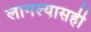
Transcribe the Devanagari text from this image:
लागल्यासही